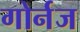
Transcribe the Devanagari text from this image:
गोर्नज